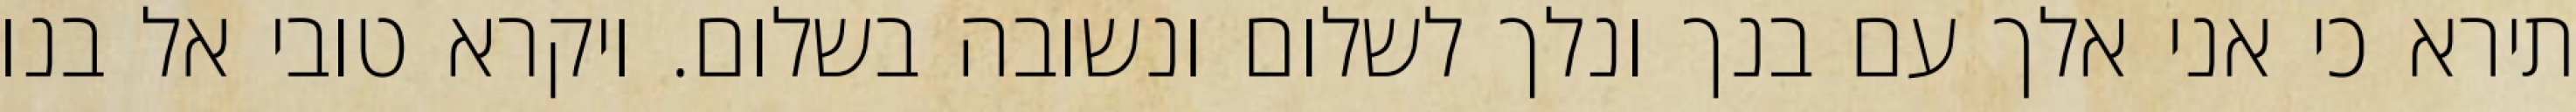
תירא כי אני אלך עם בנך ונלך לשלום ונשובה בשלום. ויקרא טובי אל בנו